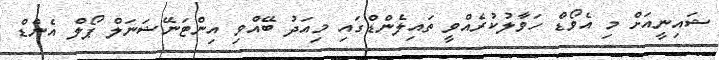
ޝައިނީއަށް މި އެވޯޑް ހަވާލުކުރެއްވީ ތައިލެންޑްގައި މިއަދު ބޭއްވި އިންޓަނޭޝަނަލް ޕޯލްް އެންޑް